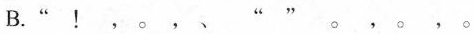
B.“！，。，、””。，。，。